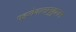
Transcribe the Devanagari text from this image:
पहलेवातानुकूलन